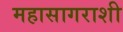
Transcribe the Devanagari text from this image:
महासागराशी